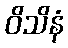
ဝိသိနံ